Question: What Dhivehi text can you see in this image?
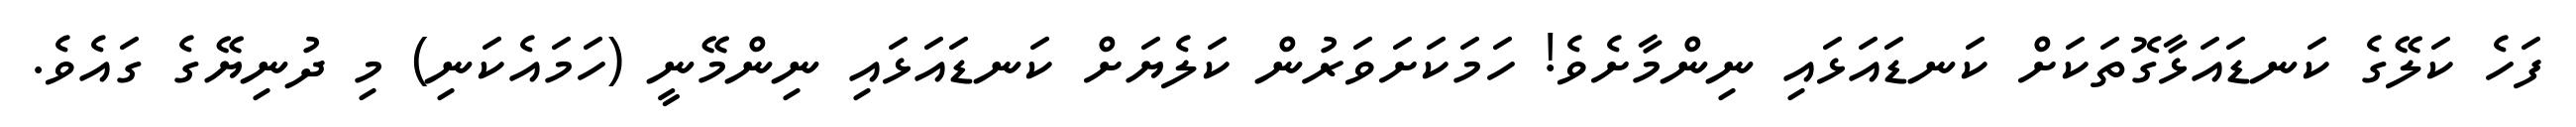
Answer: ފަހެ ކަލޭގެ ކަނޑައަޅާގޮތަކަށް ކަނޑައަޅައި ނިންމާށެވެ! ހަމަކަށަވަރުން ކަލެޔަށް ކަނޑައަޅައި ނިންމޭނީ (ހަމައެކަނި) މި ދުނިޔޭގެ ގައެވެ.